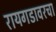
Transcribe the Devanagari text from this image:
रायगडावरचा